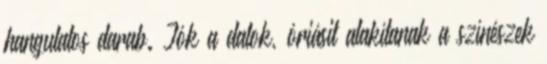
hangulatos darab. Jók a dalok, óriásit alakítanak a színészek